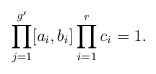
\begin{align*}\prod\limits_{j=1}^{g'} [a_i,b_i]\prod\limits_{i=1}^{r}c_i=1.\end{align*}